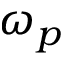
\omega _ { p }